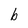
Character: b